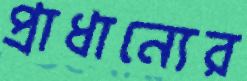
প্রাধান্যের